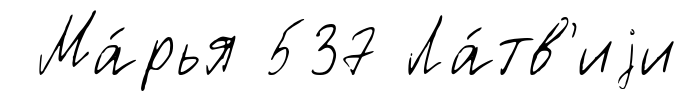
Ма́рья 537 Ла́тв'иjи